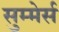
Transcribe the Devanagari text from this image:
सुम्मेर्स